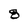
Character: 8